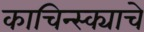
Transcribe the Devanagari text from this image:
काचिन्स्क्याचे